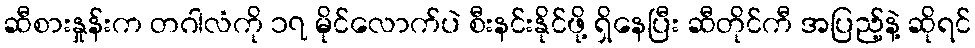
ဆီစားနှုန်းက တဂါလံကို ၁၇ မိုင်လောက်ပဲ စီးနင်းနိုင်ဖို့ ရှိနေပြီး ဆီတိုင်ကီ အပြည့်နဲ့ ဆိုရင်